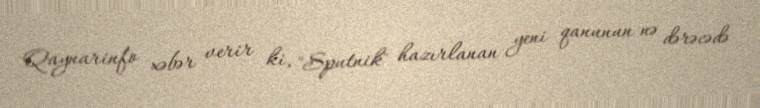
Qaynarinfo xəbər verir ki, "Sputnik" hazırlanan yeni qanunun nə dərəcədə